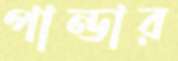
পান্ডার